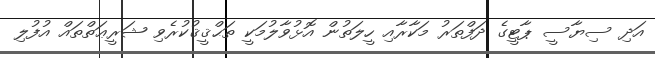
އަދި ސިޔާސީ ޕާޓީގެ ދަފްތަރު މަކާރާއި ހީލަތުން އޮޅުވާލުމަކީ ތަޙްޤީޤުކުރެވި ޝަރީޢަތްތައް އުފުލި